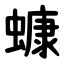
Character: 䗧